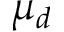
\mu _ { d }